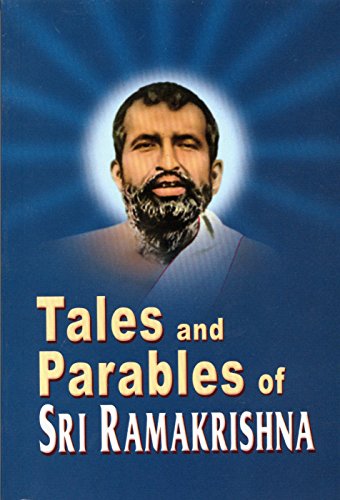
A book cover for Tales and Parables of Sri Ramakrishna; Ramakrishna; Religion & Spirituality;